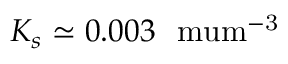
K _ { s } \simeq 0 . 0 0 3 ~ \mathrm { \ m u m ^ { - 3 } }